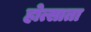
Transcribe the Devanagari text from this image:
होत्साता